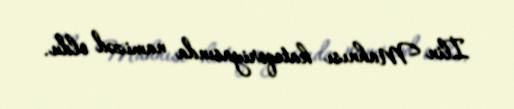
İlin Mahnısı kateqoriyasında namizəd oldu.